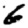
Digit: 6